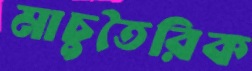
মাচুতৈরিক